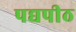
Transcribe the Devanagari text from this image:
पद्यपीठ